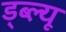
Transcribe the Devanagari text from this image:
ड्ब्ल्यू